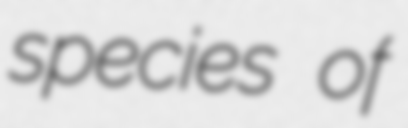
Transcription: species of